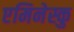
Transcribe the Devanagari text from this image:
एमिनेस्कु